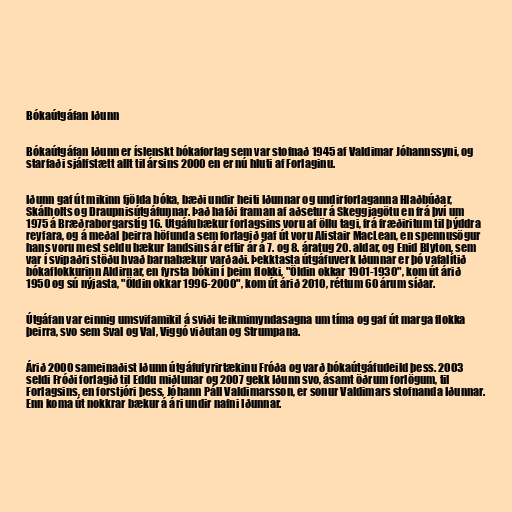
Bókaútgáfan Iðunn

Bókaútgáfan Iðunn er íslenskt bókaforlag sem var stofnað 1945 af Valdimar Jóhannssyni, og
starfaði sjálfstætt allt til ársins 2000 en er nú hluti af Forlaginu.

Iðunn gaf út mikinn fjölda bóka, bæði undir heiti Iðunnar og undirforlaganna Hlaðbúðar,
Skálholts og Draupnisútgáfunnar. Það hafði framan af aðsetur á Skeggjagötu en frá því um
1975 á Bræðraborgarstíg 16. Útgáfubækur forlagsins voru af öllu tagi, frá fræðiritum til þýddra
reyfara, og á meðal þeirra höfunda sem forlagið gaf út voru Alistair MacLean, en spennusögur
hans voru mest seldu bækur landsins ár eftir ár á 7. og 8. áratug 20. aldar, og Enid Blyton, sem
var í svipaðri stöðu hvað barnabækur varðaði. Þekktasta útgáfuverk Iðunnar er þó vafalítið
bókaflokkurinn Aldirnar, en fyrsta bókin í þeim flokki, "Öldin okkar 1901-1930", kom út árið
1950 og sú nýjasta, "Öldin okkar 1996-2000", kom út árið 2010, réttum 60 árum síðar.

Útgáfan var einnig umsvifamikil á sviði teikmimyndasagna um tíma og gaf út marga flokka
þeirra, svo sem Sval og Val, Viggó viðutan og Strumpana.

Árið 2000 sameinaðist Iðunn útgáfufyrirtækinu Fróða og varð bókaútgáfudeild þess. 2003
seldi Fróði forlagið til Eddu miðlunar og 2007 gekk Iðunn svo, ásamt öðrum forlögum, til
Forlagsins, en forstjóri þess, Jóhann Páll Valdimarsson, er sonur Valdimars stofnanda Iðunnar.
Enn koma út nokkrar bækur á ári undir nafni Iðunnar.